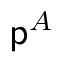
\mathsf { p } ^ { A }